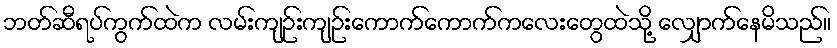
ဘတ်ဆီရပ်ကွက်ထဲက လမ်းကျဉ်းကျဉ်းကောက်ကောက်ကလေးတွေထဲသို့ လျှောက်နေမိသည်။